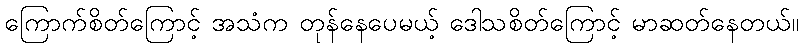
ကြောက်စိတ်ကြောင့် အသံက တုန်နေပေမယ့် ဒေါသစိတ်ကြောင့် မာဆတ်နေတယ်။